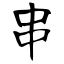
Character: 串